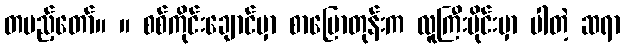
တပည့်တော်။ ။ စစ်ကိုင်းချောင်မှာ စာပြောတုန်းက လူကြီးပိုင်းမှာ ပါတဲ့ ဆရာ